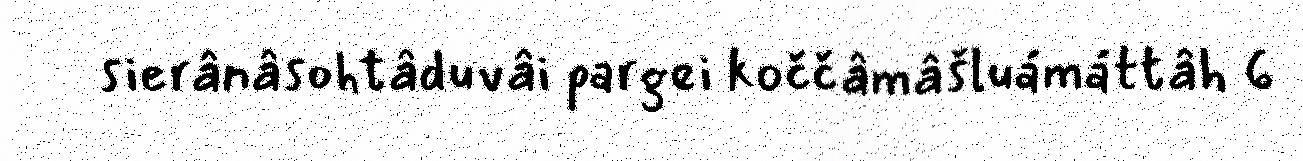
sierânâsohtâduvâi pargei koččâmâšluámáttâh 6